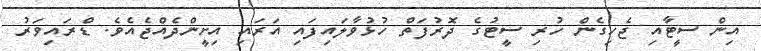
އިން ސީޓާއި ޖެހިގެން ހުރި ސީޓުގެ ދޮރުފަތް ހުޅުވާލައިފައި އަރައި އިށީންދެއްޖެއެވެ. ޑްރައިވަރު